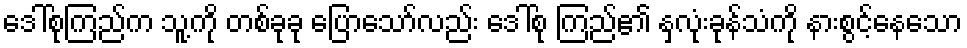
ဒေါ်စုကြည်က သူ့ကို တစ်ခုခု ပြောသော်လည်း ဒေါ်စု ကြည်၏ နှလုံးခုန်သံကို နားစွင့်နေသော